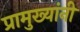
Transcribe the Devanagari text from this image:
प्रामुख्यांनी